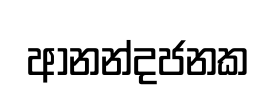
ආනන්දජනක